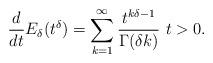
LaTeX: \begin{align*}\frac{d}{dt} E_{\delta} (t^\delta) = \sum_{k=1}^\infty \frac{t^{k\delta-1}}{\Gamma (\delta k)}\ t>0.\end{align*}